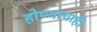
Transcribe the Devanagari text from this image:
होण्याचाही